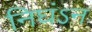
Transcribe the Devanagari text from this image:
निघंऽन